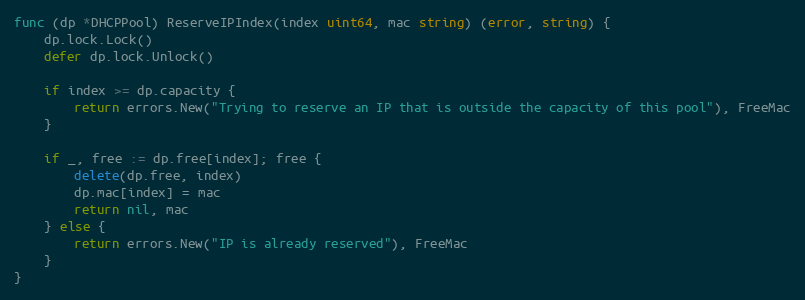
Language: Go
func (dp *DHCPPool) ReserveIPIndex(index uint64, mac string) (error, string) {
	dp.lock.Lock()
	defer dp.lock.Unlock()

	if index >= dp.capacity {
		return errors.New("Trying to reserve an IP that is outside the capacity of this pool"), FreeMac
	}

	if _, free := dp.free[index]; free {
		delete(dp.free, index)
		dp.mac[index] = mac
		return nil, mac
	} else {
		return errors.New("IP is already reserved"), FreeMac
	}
}